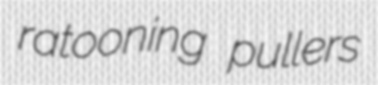
ratooning pullers